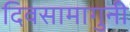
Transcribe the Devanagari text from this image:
दिवसामागुनी